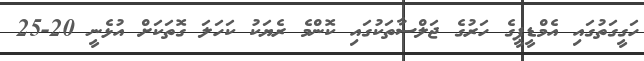
ހަގީގަތުގައި އެމްޑީޕީގެ ހަރުގެ ޖަލްސާތަކުގައި ކޮންމެ ރެޔަކު ކަހަލަ ގޮތަކަށް އުޅެނީ 20-25